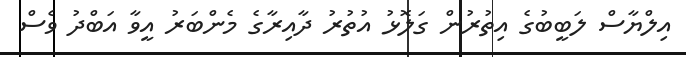
އިލްޔާސް ލަބީބުގެ އިތުރުން ގަލޮޅު އުތުރު ދާއިރާގެ މެންބަރު އީވާ އަބްދު ވެސް